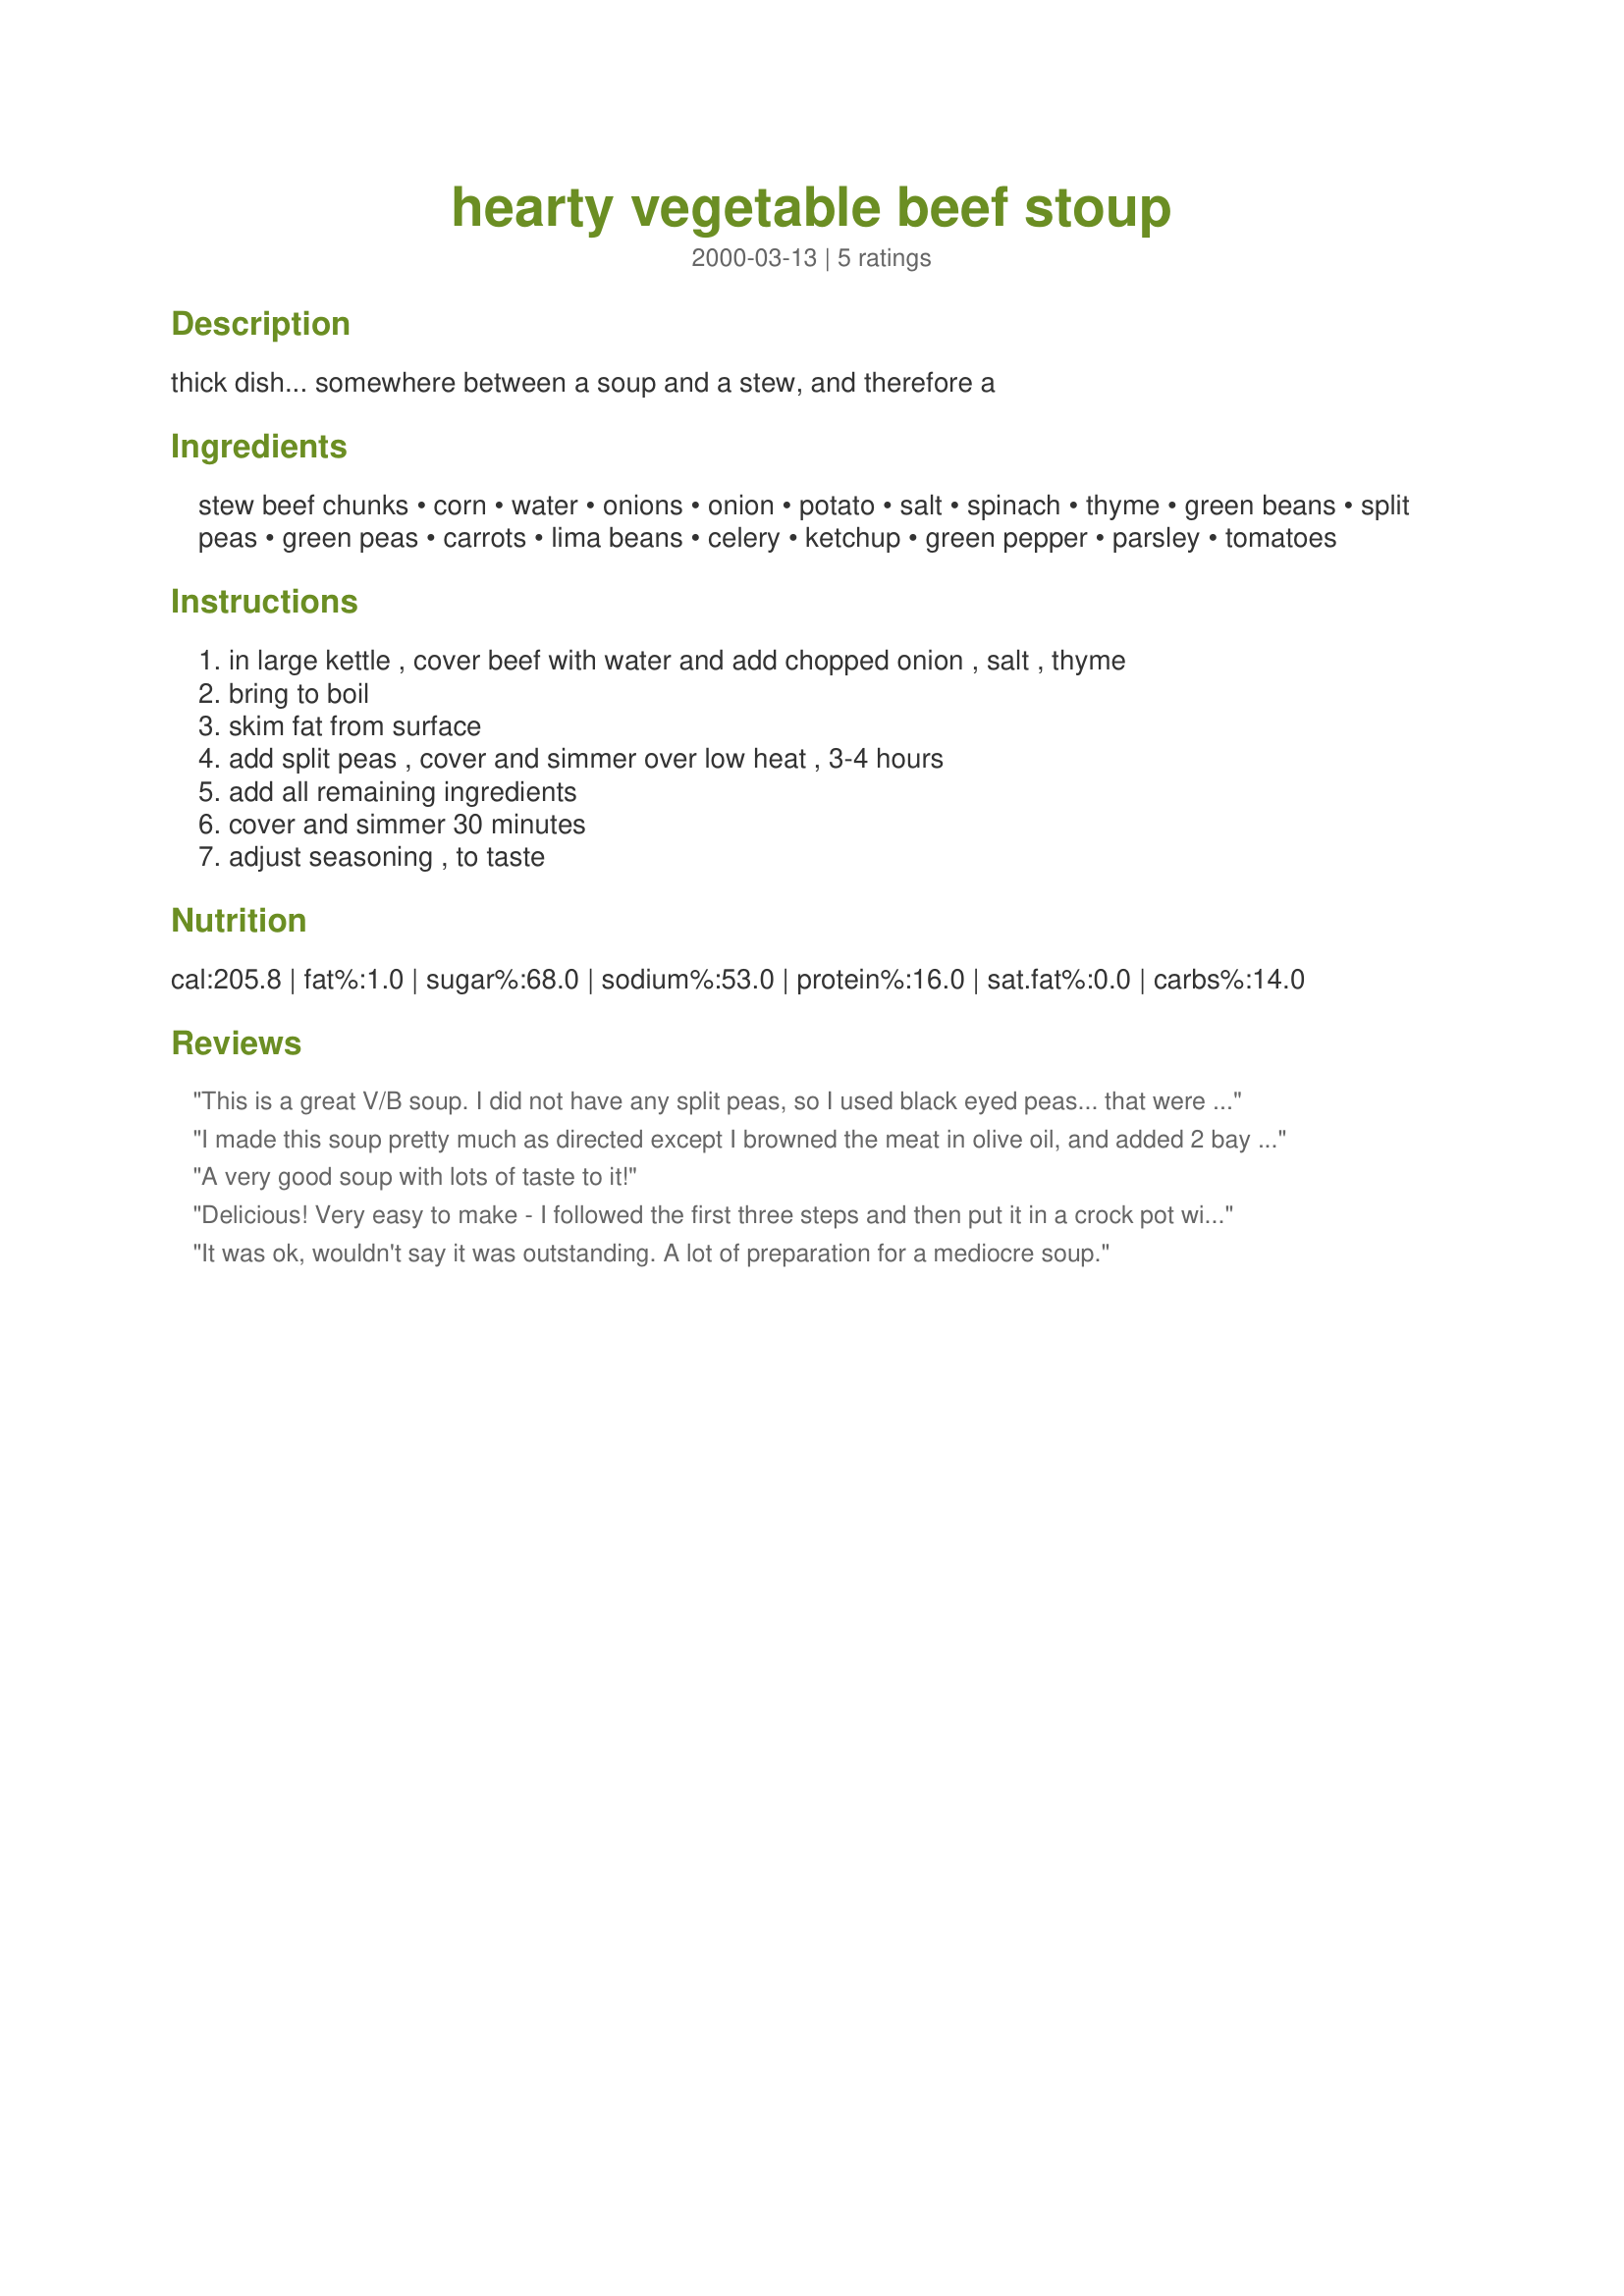
hearty vegetable beef stoup
Preparation time: 0 minutes

thick dish... somewhere between a soup and a stew, and therefore a

Ingredients:
stew beef chunks, corn, water, onions, onion, potato, salt, spinach, thyme, green beans, split peas, green peas, carrots, lima beans, celery, ketchup, green pepper, parsley, tomatoes

Steps:
in large kettle , cover beef with water and add chopped onion , salt , thyme, bring to boil, skim fat from surface, add split peas , cover and simmer over low heat , 3-4 hours, add all remaining ingredients, cover and simmer 30 minutes, adjust seasoning , to taste

Reviews:
This is a great V/B soup. I did not have any split peas, so I used black eyed peas... that were dried. I also ommited the green pepper, greed beans and katchup. I used canned tomatoes and two cans of beef stock. IT turned out very good... I will make it again, and would recomend using what you have on hand... if you do not have all the ingredients... it turns out great... Thanks for a wonderful basic recipe...
I made this soup pretty much as directed except I browned the meat in olive oil, and added 2 bay leaves,and two cloves of garlic. I just had it for lunch and my sister and I thought it was excelent, I will freeze the rest in individule serving sizes for my husband and I.
A very good soup with lots of taste to it!
Delicious! Very easy to make - I followed the first three steps and then put it in a crock pot with the remaining ingredients and cooked on slow overnight. I also didn't use potatoes. This was so good I gave some to my mother who surprised me when she said it was the best she'd ever tasted! And she meant it - I'm still in shock.
It was ok, wouldn't say it was outstanding. A lot of preparation for a mediocre soup.
